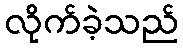
လိုက်ခဲ့သည်